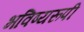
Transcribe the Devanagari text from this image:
भविष्यरूपी